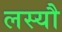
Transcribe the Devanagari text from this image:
लस्यौ